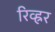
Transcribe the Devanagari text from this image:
रिव्ह्रर